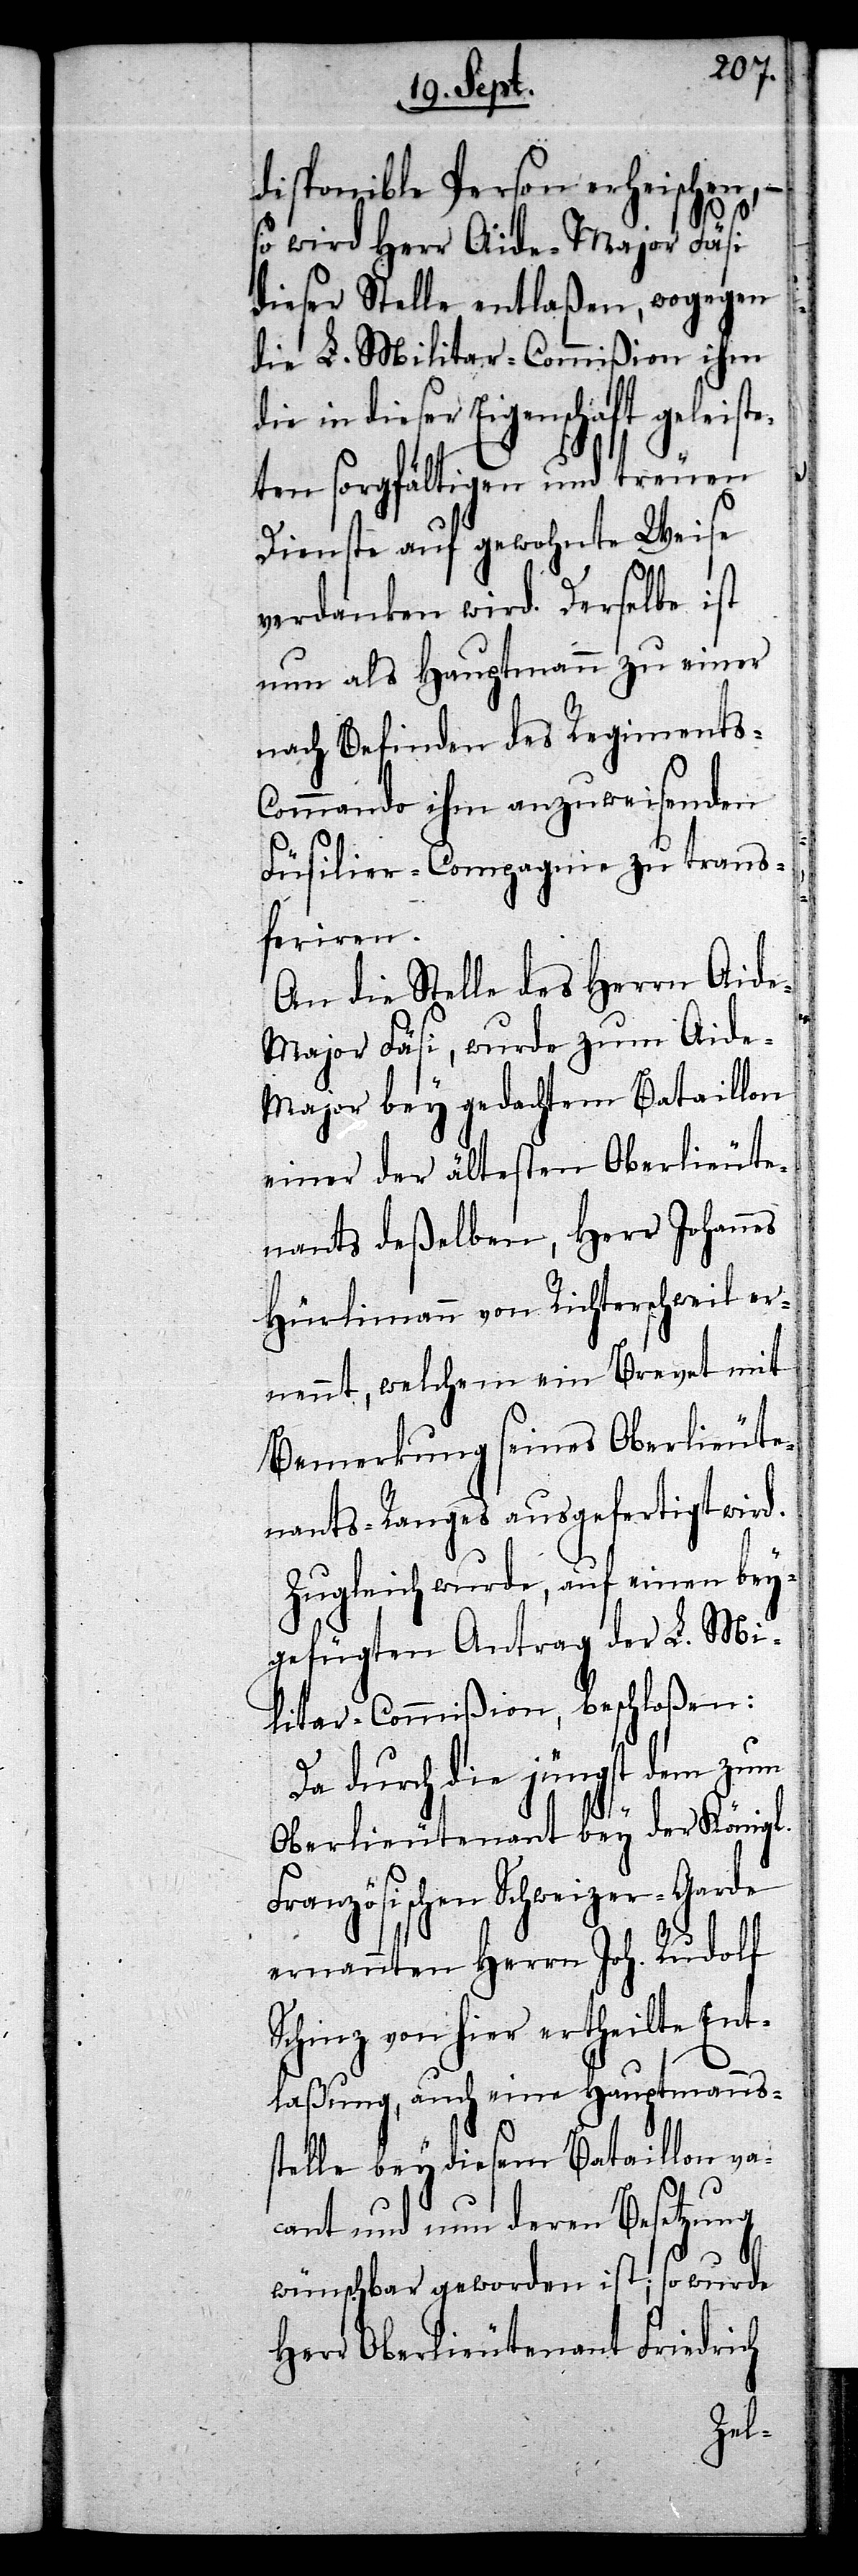
disponible Person erheischen, –
so wird Herr Aide-Major Fäsi
dieser Stelle entlaßen, wogegen
die L. Militar-Commißion ihm
in dieser Eigenschaft geleist¬
eten sorgfältigen und treuen
Dienste auf gewohnte Weise
verdanken wird. Derselbe ist
nun als Hauptmann zu einer
nach Befinden des Regiments-C¬
ommando ihm anzuweisenden
Füsilier-Compagnie zu trans¬
feriren.
An die Stelle des Herrn Aid¬
e-Major Fäsi, wurde zum Aide-M¬
ajor bey gedachtem Bataillon
einer der ältesten Oberlieute¬
nants deßelben, Herr Johannes
Hürlimann von Richterschweil er¬
nennt, welchem ein Brevet mit
Bemerkung seines Oberlieute¬
nants-Ranges ausgefertigt wird.
Zugleich wurde, auf einen bey¬
gefügten Antrag der L. Mi¬
litar-Commißion, beschloßen:
Da durch die jüngst dem zum
Oberlieutenant bey der Königl.
Französischen Schweizer-Garde
ernannten Herrn Joh. Rudolf
Schinz von hier ertheilte Ent¬
laßung, auch eine Hauptmannss¬
telle bey diesem Bataillon va¬
cant und nun deren Besetzung
wünschbar geworden ist; so wurde
Herr Oberlieutenant Friedrich